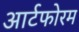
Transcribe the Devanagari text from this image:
आर्टफोरम